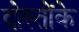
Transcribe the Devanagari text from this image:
दोस्तोंके